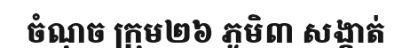
ចំណុច ក្រុម២៦ ភូមិ៣ សង្កាត់